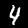
Digit: 4